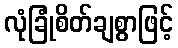
လုံခြုံစိတ်ချစွာဖြင့်